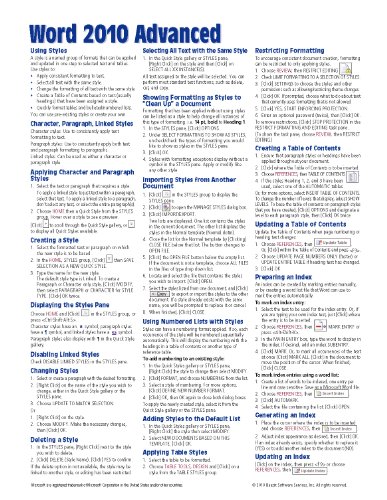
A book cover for Microsoft Word 2010 Advanced Quick Reference Guide (Cheat Sheet of Instructions, Tips & Shortcuts - Laminated Card); Beezix Inc.; Computers & Technology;